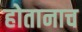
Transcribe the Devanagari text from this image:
होतानाच